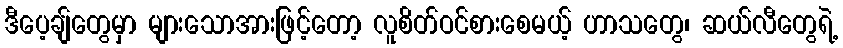
ဒီပေ့ချ်တွေမှာ များသောအားဖြင့်တော့ လူစိတ်ဝင်စားစေမယ့် ဟာသတွေ၊ ဆယ်လီတွေရဲ့